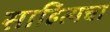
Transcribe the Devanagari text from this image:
साहित्यचा